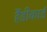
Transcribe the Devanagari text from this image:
हैंडीकार्ड